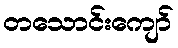
တသောင်းကျော်